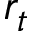
r _ { t }